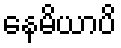
နေမိယာပိ